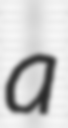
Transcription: a